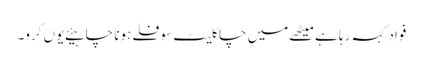
فواد کہہ رہا ہے میٹھے میں چاکلیٹ سوفلے ہونا چاہیئے یوں کرو۔